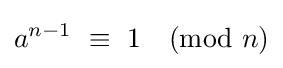
a^{n-1}\ \equiv \ 1{\pmod {n}}